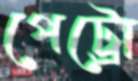
পেট্রো